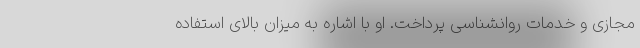
مجازی و خدمات روانشناسی پرداخت. او با اشاره به میزان بالای استفاده